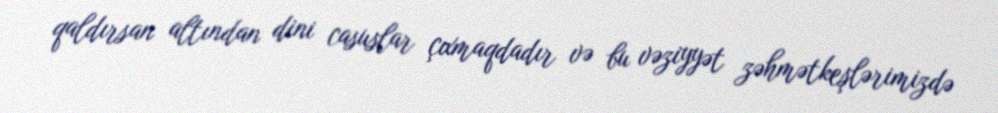
qaldırsan altından dini casuslar çıxmaqdadır və bu vəziyyət zəhmətkeşlərimizdə